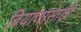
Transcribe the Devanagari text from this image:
बियाणासाठी